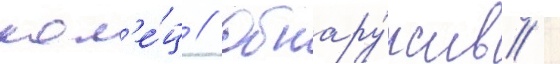
кол'е́ц // Обнару́жив /